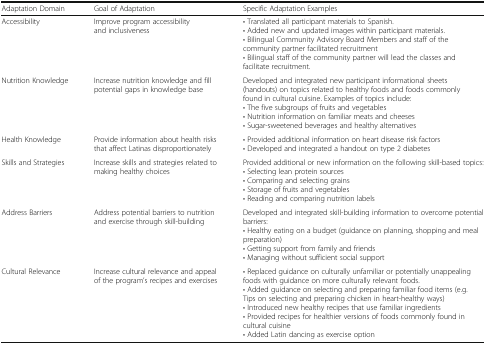
<table><thead><tr><td><b>Adaptation Domain</b></td><td><b>Goal of Adaptation</b></td><td><b>Specific Adaptation Examples</b></td></tr></thead><tbody><tr><td>Accessibility</td><td>Improve program accessibility and inclusiveness</td><td>• Translated all participant materials to Spanish.• Added new and updated images within participant materials.• Bilingual Community Advisory Board Members and staff of the community partner facilitated recruitment• Bilingual staff of the community partner will lead the classes and facilitate recruitment.</td></tr><tr><td>Nutrition Knowledge</td><td>Increase nutrition knowledge and fill potential gaps in knowledge base</td><td>Developed and integrated new participant informational sheets (handouts) on topics related to healthy foods and foods commonly found in cultural cuisine. Examples of topics include:• The five subgroups of fruits and vegetables• Nutrition information on familiar meats and cheeses• Sugar-sweetened beverages and healthy alternatives</td></tr><tr><td>Health Knowledge</td><td>Provide information about health risks that affect Latinas disproportionately</td><td>• Provided additional information on heart disease risk factors• Developed and integrated a handout on type 2 diabetes</td></tr><tr><td>Skills and Strategies</td><td>Increase skills and strategies related to making healthy choices</td><td>Provided additional or new information on the following skill-based topics:• Selecting lean protein sources• Comparing and selecting grains• Storage of fruits and vegetables• Reading and comparing nutrition labels</td></tr><tr><td>Address Barriers</td><td>Address potential barriers to nutrition and exercise through skill-building</td><td>Developed and integrated skill-building information to overcome potential barriers:• Healthy eating on a budget (guidance on planning, shopping and meal preparation)• Getting support from family and friends• Managing without sufficient social support</td></tr><tr><td>Cultural Relevance</td><td>Increase cultural relevance and appeal of the program’s recipes and exercises</td><td>• Replaced guidance on culturally unfamiliar or potentially unappealing foods with guidance on more culturally relevant foods.• Added guidance on selecting and preparing familiar food items (e.g. Tips on selecting and preparing chicken in heart-healthy ways)• Introduced new healthy recipes that use familiar ingredients• Provided recipes for healthier versions of foods commonly found in cultural cuisine• Added Latin dancing as exercise option</td></tr></tbody></table>